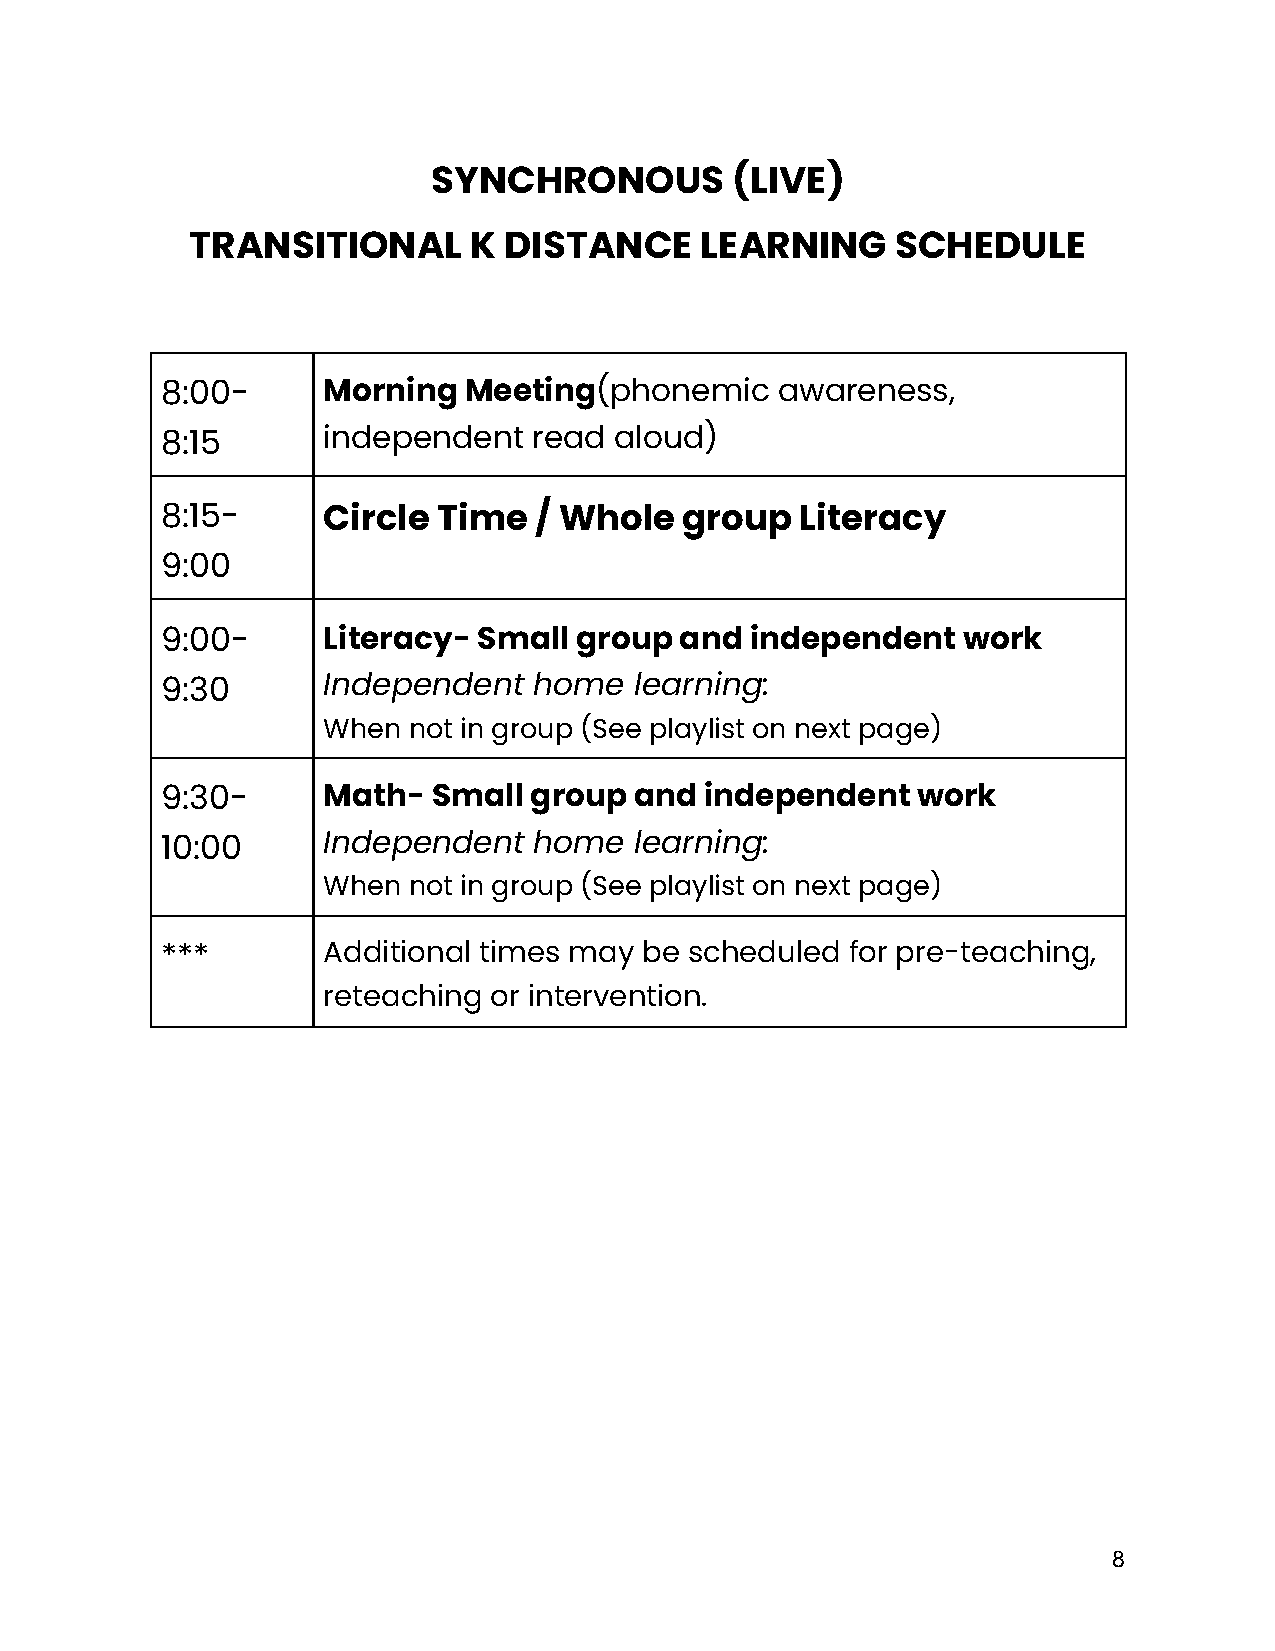
SYNCHRONOUS        (LIVE)
 TRANSITIONAL      K DISTANCE     LEARNING     SCHEDULE
 8:00-     Morning   Meeting(phonemic    awareness,
 8:15      independent   read  aloud)
 8:15-     Circle  Time  / Whole   group   Literacy
 9:00
 9:00-     Literacy-  Small group  and  independent   work
 9:30      Independent   home   learning:
 When  not in group (See playlist on next page)
 9:30-     Math-   Small group  and  independent   work
 10:00     Independent   home   learning:
 When  not in group (See playlist on next page)
 ***       Additional times may  be scheduled for pre-teaching,
 reteaching or intervention.
 8